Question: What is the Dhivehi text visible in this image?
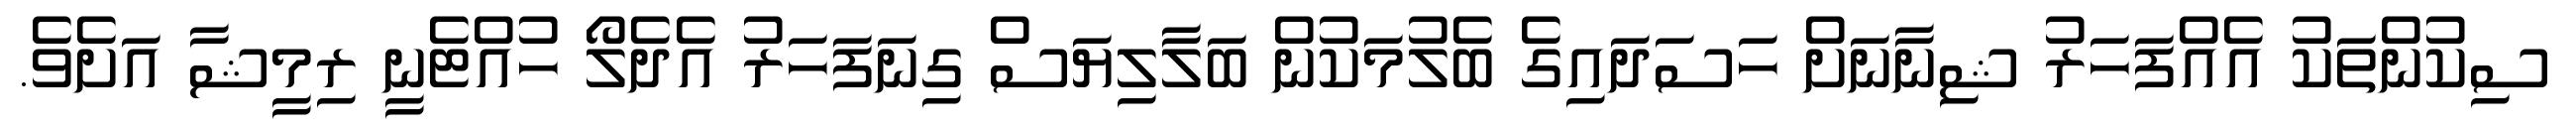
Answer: ސިކުންތަކު އެއްފަހަރު ޝިނާނަށް ހަސަދައިގެ ބެލުމަކުން ބަލާލިޔަސް ގިނަފަހަރު އެދެލޯ ހުއްޓެނީ ރިމީޝާ އަށެވެ.